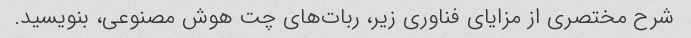
شرح مختصری از مزایای فناوری زیر، ربات‌های چت هوش مصنوعی، بنویسید.